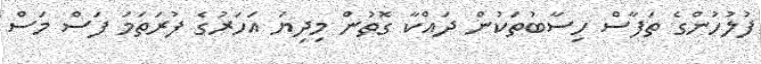
ފުލުހުންގެ ތަފާސް ހިސާބުތަކުން ދައްކާ ގޮތުން މިދިޔަ އަހަރުގެ ފުރަތަމަ ފަސް މަސް